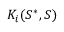
K _ { i } ( S ^ { * } , S )